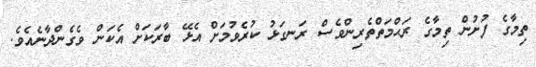
ތިމާގެ ފުށުން ތިމާގެ ރަޙްމަތްތެރިންވެސް ރަނގަޅު ކުރެވުމަށް އެޅޭ ބާރަކަށް އެކަން ވެގެންދާނެއެވެ.